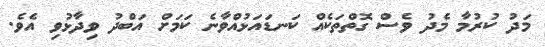
މަދު ކުރުމާ މެދު ވެސް ގޮތްތަކެއް ކަނޑައަޅުއްވާނެ ކަމަށް އަބްދު ވިދާޅުވި އެވެ.